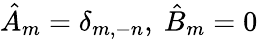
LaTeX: {\hat{A}}_{m}=\delta_{m,-n},\ {\hat{B}}_{m}=0